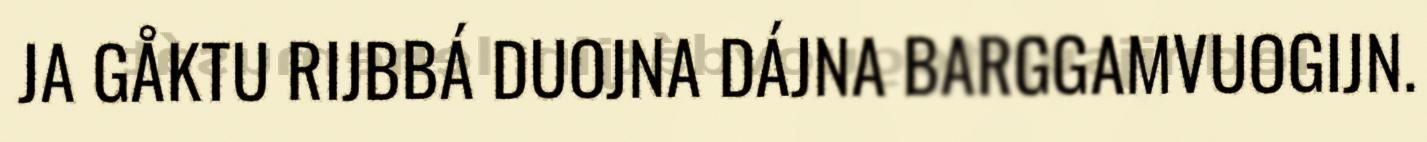
JA GÅKTU RIJBBÁ DUOJNA DÁJNA BARGGAMVUOGIJN.